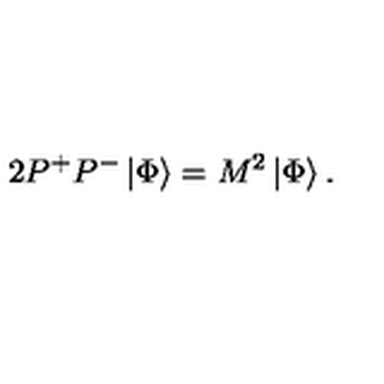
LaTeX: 2 P ^ { + } P ^ { - } \left| \Phi \right\rangle = M ^ { 2 } \left| \Phi \right\rangle .